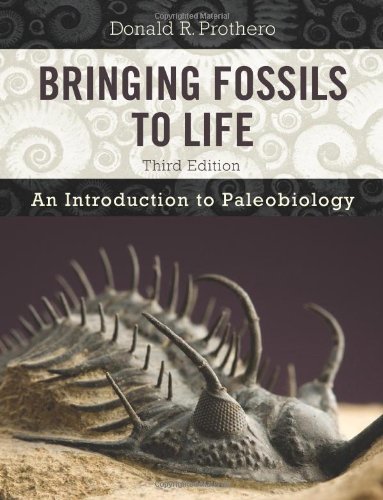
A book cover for Bringing Fossils to Life: An Introduction to Paleobiology; Donald R. Prothero; Science & Math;